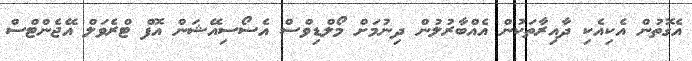
އެގޮތުން އެކިއެކި ދާއިރާތަކުން އެއްބާރުލުން ދިނުމަށް މޯލްޑިވްސް އެސޯސިއޭޝަން އޮފް ޓްރެވަލް އޭޖެންޓްސް